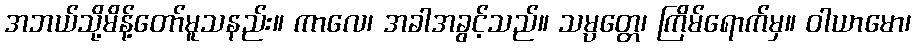
အဘယ်သို့မိန့်တော်မူသနည်း။ ကာလေ၊ အခါအခွင့်သည်။ သမ္ပတ္တေ၊ ကြိမ်ရောက်မှ။ ဝါယာမော၊